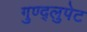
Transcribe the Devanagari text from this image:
गुण्द्लुपेट